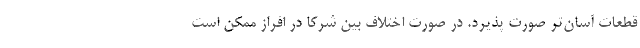
قطعات آسان‌تر صورت پذیرد. در صورت اختلاف بین شرکا در افراز ممکن است